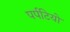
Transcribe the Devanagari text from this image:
पर्पटियो